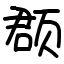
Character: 𫖳